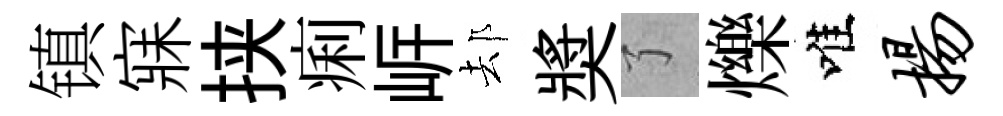
镇寐挟痢㟁𨚫奬了爍唯扬